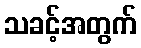
သခင့်အတွက်